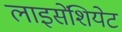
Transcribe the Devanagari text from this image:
लाइसेंशियेट